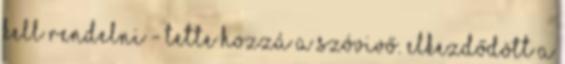
kell rendelni - tette hozzá a szóvivő. Elkezdődött a